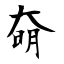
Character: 奛